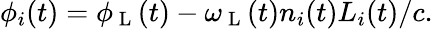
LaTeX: \phi_{i}(t)=\phi_{\mathrm{~L~}}(t)-\omega_{\mathrm{~L~}}(t)n_{i}(t)L_{i}(t)/c.